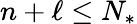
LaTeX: n+\ell\leq N_{*}